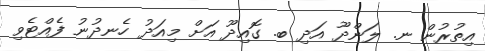
އިތުރުން ނ. ލަންދޫ އަދި ބ. ގޮއިދޫ އަށް މިއަދު ހެނދުނު ފެއްޓެވި